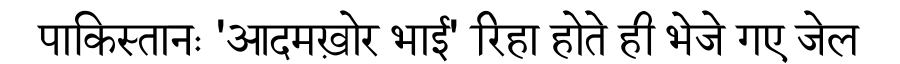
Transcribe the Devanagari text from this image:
पाकिस्तानः 'आदमख़ोर भाई' रिहा होते ही भेजे गए जेल